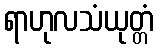
ရာဟုလသံယုတ္တံ